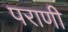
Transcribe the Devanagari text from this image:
पराणी